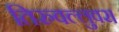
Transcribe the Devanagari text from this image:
तिरुवल्लुवर।